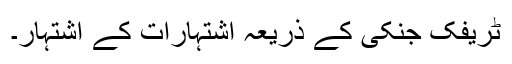
ٹریفک جنکی کے ذریعہ اشتہارات کے اشتہار۔